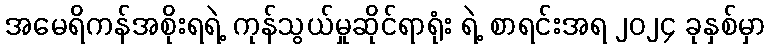
အမေရိကန်အစိုးရရဲ့ ကုန်သွယ်မှုဆိုင်ရာရုံး ရဲ့ စာရင်းအရ ၂၀၂၄ ခုနှစ်မှာ